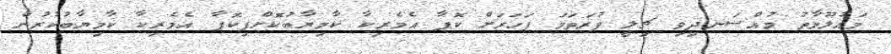
މައުލޫމާތު މުއްސަނދިވި ޗިލީ ފުރަތަމަ ފަހަރަށް ކޮޕާ އެމެރިކާ ކާމިޔާބުކޮށްފިކޮޕާ އެމެރިކާ ކާމިޔާބުކުރުން